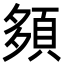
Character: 䫂